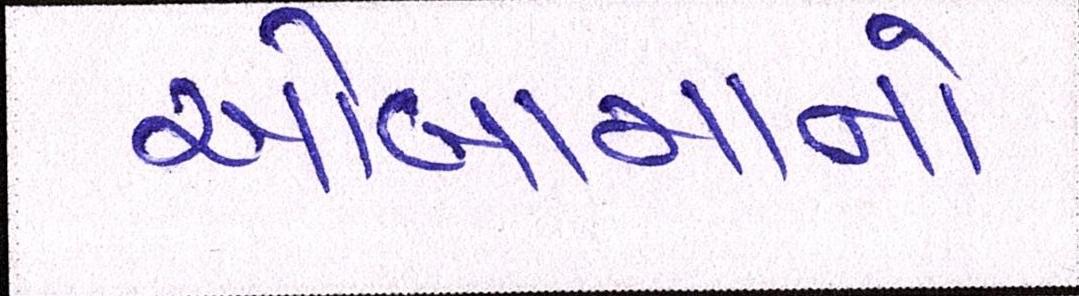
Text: ઓબામાનો